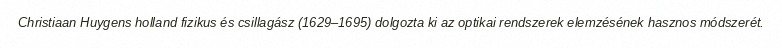
Christiaan Huygens holland fizikus és csillagász (1629–1695) dolgozta ki az optikai rendszerek elemzésének hasznos módszerét.